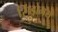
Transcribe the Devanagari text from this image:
सिंड्रोमये